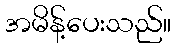
အမိန့်ပေးသည်။